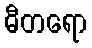
ဓီတရော